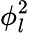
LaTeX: \phi_{l}^{2}